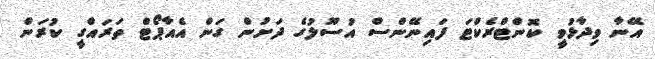
އޭނާ ވިދާޅުވީ ކޮންޓްރެކްޓަ ފައިނޭންސް އުސޫލުގެ ދަށުން ގަން އެއާޕޯޓް ތަރައްގީ ކުރަން